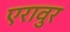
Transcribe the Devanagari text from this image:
एरावुर